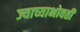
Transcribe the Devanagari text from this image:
ज्याच्याभोवती